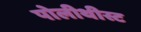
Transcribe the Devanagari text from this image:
पोलीथीस्ट